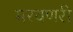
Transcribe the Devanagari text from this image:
मरवणरी